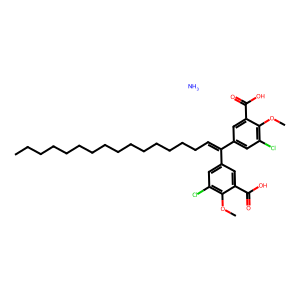
SMILES: CCCCCCCCCCCCCCCC=C(c1cc(Cl)c(OC)c(C(=O)O)c1)c1cc(Cl)c(OC)c(C(=O)O)c1.N
Inhibits HIV replication: No